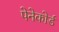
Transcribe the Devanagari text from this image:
पेनेकोर्ड